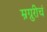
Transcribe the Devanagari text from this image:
म्रग्रुरीचं